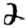
Digit: 2